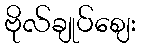
ဗိုလ်ချုပ်ဈေး